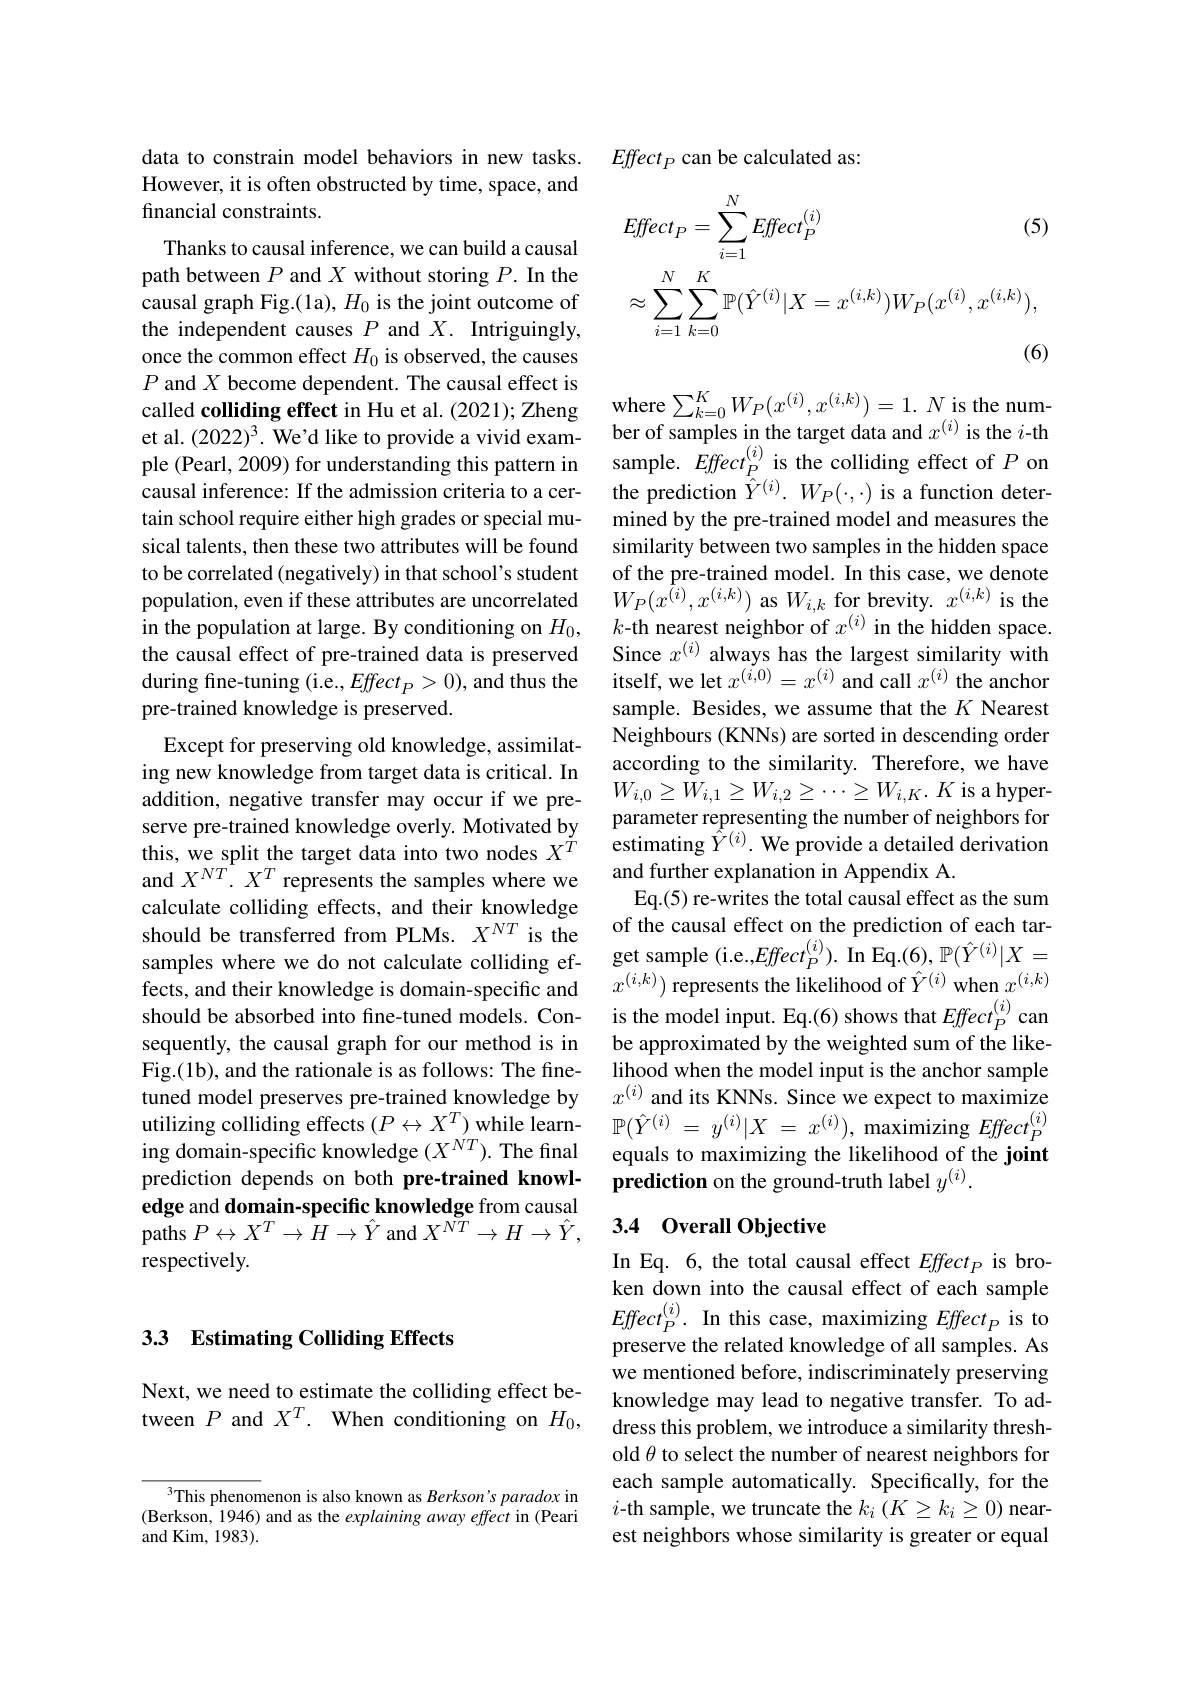
data to constrain model behaviors in new tasks. However, it is often obstructed by time, space, and financial constraints.

Thanks to causal inference, we can build a causal

path between $P$ and $X$ without storing $P.$ In the

causal graph Fig.(1a), $H_0$ is the joint outcome of

the independent causes $P$ and $X.$ Intriguingly,

once the common effect $H_0$ is observed, the causes

$P$ and $X$ become dependent. The causal effect is

et al. (2022)$^3.$ We'd like to provide a vivid exam-

ple (Pearl, 2009) for understanding this pattern in

causal inference: If the admission criteria to a cer-

tain school require either high grades or special mu-

sical talents, then these two attributes will be found

to be correlated (negatively) in that school's student

population, even if these attributes are uncorrelated

in the population at large. By conditioning on $H_0$,

the causal effect of pre-trained data is preserved

during fine-tuning (i.e., Effect $_P>0)$, and thus the

pre-trained knowledge is preserved.

Except for preserving old knowledge, assimilating new knowledge from target data is critical. In addition, negative transfer may occur if we preserve pre-trained knowledge overly. Motivated by this, we split the target data into two nodes $X^{\tilde{T}}$ and $X^{NT}.X^{T}$ represents the samples where we calculate colliding effects, and their knowledge should be transferred from PLMs. $X^{NT}$ is the fects, and their knowledge is domain-specific and sequently, the causal graph for our method is in Fig.(1b), and the rationale is as follows: The finetuned model preserves pre-trained knowledge by ing domain-specific knowledge $(X^{\acute{N}T}).$ The final prediction depends on both pre-trained knowledge and domain-specific knowledge from causal paths $P\leftrightarrow X^T\to H\to\hat{Y}$ and $X^NT\to H\to\hat{Y}$, respectively.

## 3.3 Estimating Colliding Effects

Next, we need to estimate the colliding effect between $P$ and $X^T.$ When conditioning on $H_0$,

$Effect_P$ can be calculated as:
$$Effect_{P}=\sum_{i=1}^{N}Effect_{P}^{(i)}\text{(5)}\\\approx\sum_{i=1}^{N}\sum_{k=0}^{K}\mathbb{P}(\hat{Y}^{(i)}|X=x^{(i,k)})W_{P}(x^{(i)},x^{(i,k)}),$$
$P$ and $X$ become dependent. The causal eftect is called colliding effect in Hu et al. (2021); Zheng where $\sum_k=0^KW_P(x^{(i)},x^{(i,k)})=1.N$ is the numcalled colliding effect in Hu et al. (2021); Zheng $\textbf{where }\sum _{k= 0}^KW_P( x^{( i) }, x^{( i, k) }) = 1. N$
ber of samples in the target data and $x^{(i)}$ is the $i$-th sample. Effect$_P^{(i)}$ is the colliding effect of $P$ on the prediction $\hat{Y}^{(i)}.W_{P}(\cdot,\cdot)$ is a function determined by the pre-trained model and measures the similarity between two samples in the hidden space of the pre-trained model. In this case, we denote $W_{P}(x^{\dot{(i)}},x^{(i,k)})$ as $W_{i,k}$ for brevity. $x^(i,k)$ is the $k$-th nearest neighbor of $x^(i)$ in the hidden space. Since $x^{(i)}$ always has the largest similarity with itself, we let $x^{(i,0)}=x^{(i)}$ and call $x^{(i)}$ the anchor sample. Besides, we assume that the $K$ Nearest Neighbours (KNNs) are sorted in descending order according to the similarity. Therefore, we have $W_{i,0}\geq\tilde{W}_{i,1}\geq W_{i,2}\geq\cdots\geq W_{i,K}.K$ is a hyperparameter representing the number of neighbors for ${\hat{\text{estimating }\hat{Y}}^{(i)}.\text{ We provide a detailed derivation}}$ and further explanation in Appendix A.
Eq.(5) re-writes the total causal effect as the sum of the causal effect on the prediction of each tar-
shoula be transterred rrom PLMs. $x^{\cdots\cdots sthe}$ get sample (i.e.,$Effect_P^{(i)}).$ In Eq.(6), $\mathbb{P}(\hat{Y}^{(i)}|X=$
$x^{(i,k)})$ represents the likelihood of $\hat{Y}^{(i)}$ when $x^{(i,k)}$
should be absorbed into fine-tuned models. Con- is the model input. Eq.(6) shows that $Effect_P^{(i)}$ can
be approximated by the weighted sum of the likelihood when the model input is the anchor sample $x^{(i)}$ and its KNNs. Since we expect to maximize
utilizing colliding effects $(P\leftrightarrow X^T)$ while learn- $\mathbb{P}(\hat{Y}^{(i)}=y^{(i)}|X=x^{(i)})$, maximizing $Effect_P^{(i)}$
equals to maximizing the likelihood of the joint
prediction on the ground-truth label $y^{(i)}.$

### 3.4 0verall Objective

In Eq. 6, the total causal effect $Effect_{P}$ is broken down into the causal effect of each sample $Effect_P^{(i)}.$ In this case, maximizing $Effect_P$ is to preserve the related knowledge of all samples. As we mentioned before, indiscriminately preserving knowledge may lead to negative transfer. To address this problem, we introduce a similarity threshold $\theta$ to select the number of nearest neighbors for each sample automatically. Specifically, for the $i$-th sample, we truncate the $k_i\left(K\geq k_i\geq0\right)$ nearest neighbors whose similarity is greater or equal

3This phenomenon is also known as Berkson's paradox in (Berkson, 1946) and as the explaining away effect in (Peari and Kim, 1983).